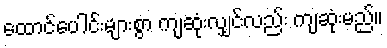
ထောင်ပေါင်းများစွာ ကျဆုံးလျှင်လည်း ကျဆုံးမည်။